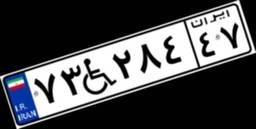
۷۳W۲۸۴۴۷